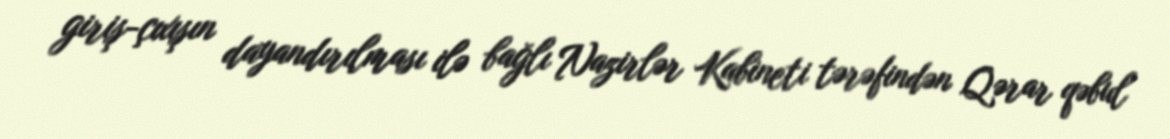
giriş-çıxışın dayandırılması ilə bağlı Nazirlər Kabineti tərəfindən Qərar qəbul